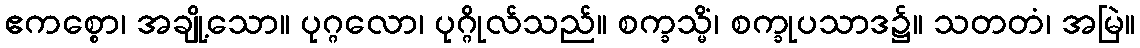
ဧကစ္စော၊ အချို့သော။ ပုဂ္ဂလော၊ ပုဂ္ဂိုလ်သည်။ စက္ခသ္မိံ၊ စက္ခုပသာဒ၌။ သတတံ၊ အမြဲ။